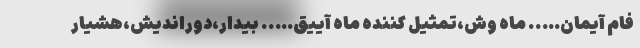
فام آیمان….. ماه وش،تمثیل کننده ماه آییق….. بیدار،دوراندیش،هشیار